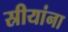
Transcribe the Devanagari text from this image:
स्रीयांना